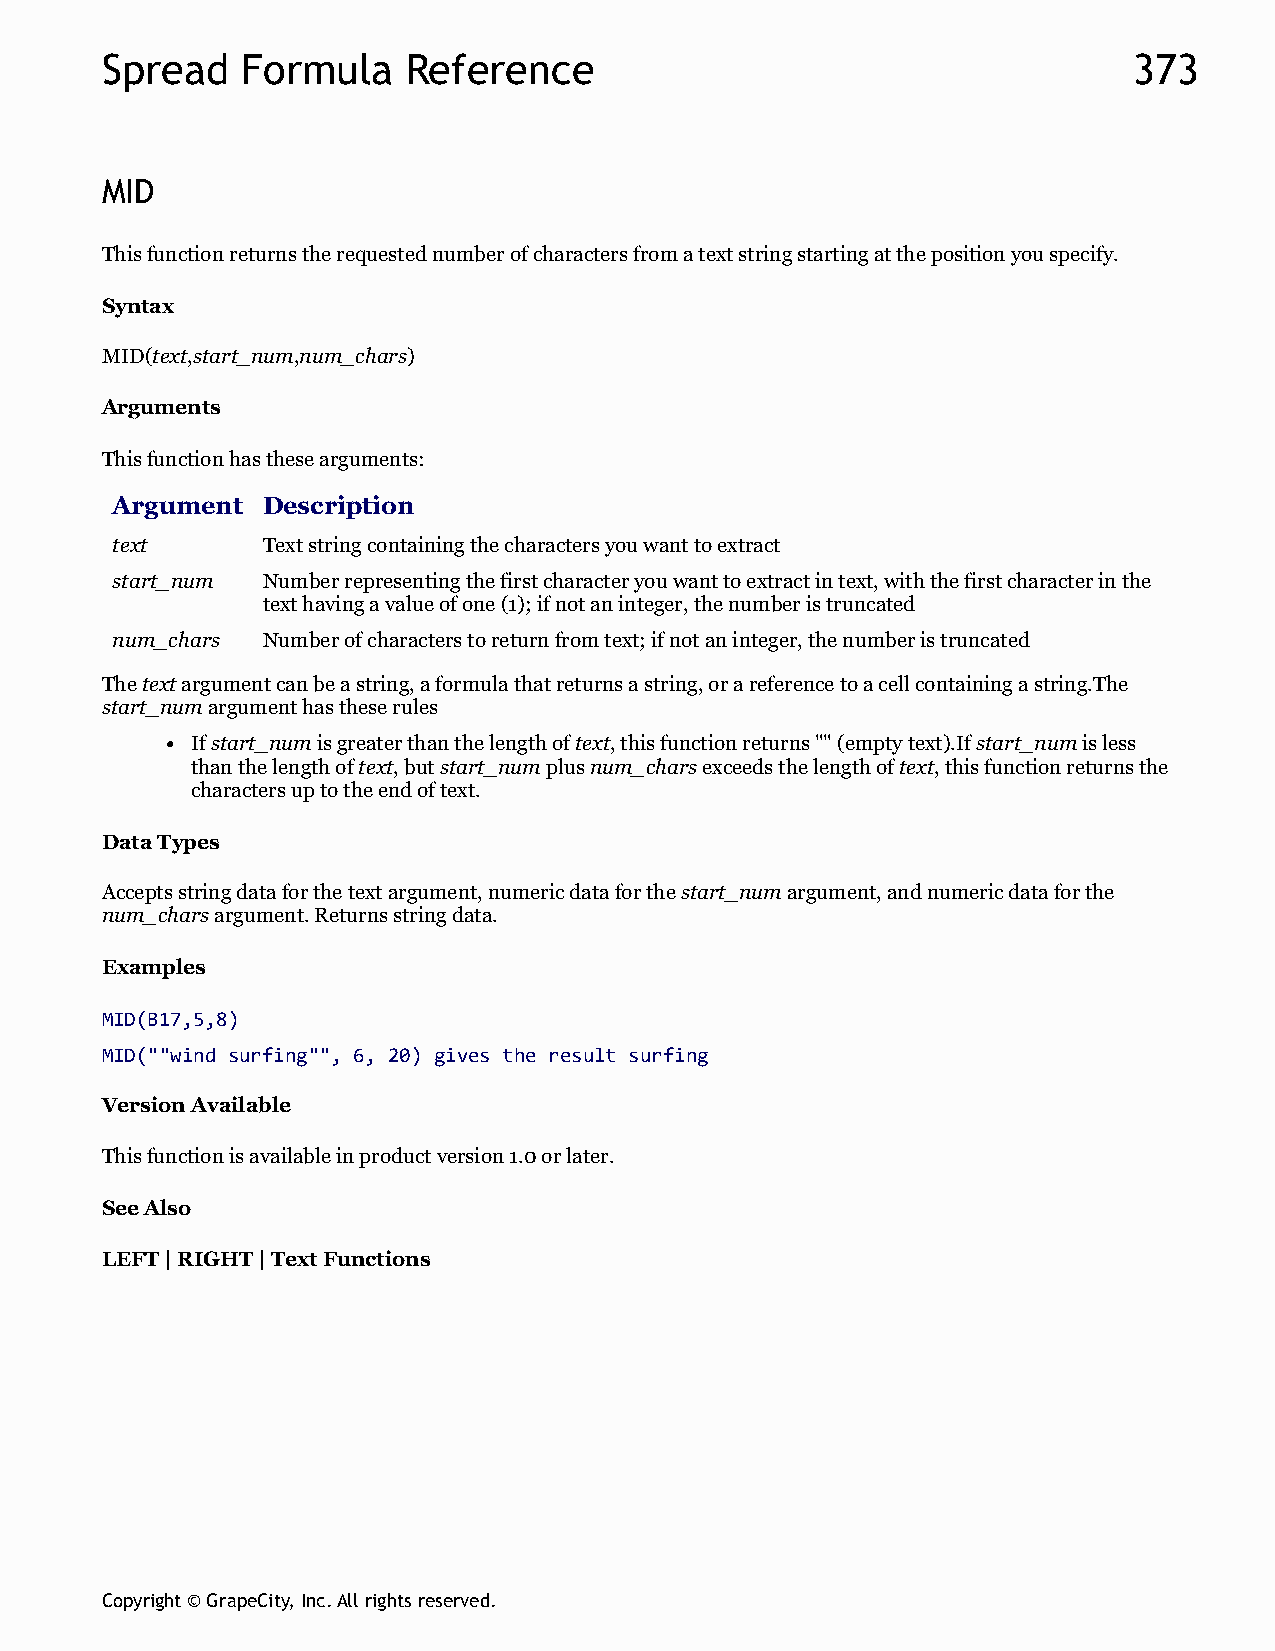
Spread   Formula    Reference                                       373
 MID
 This function returns the requested number of characters from a text string starting at the position you specify.
 Syntax
 MID(text,start_num,num_chars)
 Arguments
 This function has these arguments:
 Argument  Description
 text      Text string containing the characters you want to extract
 start_num Number representing the first character you want to extract in text, with the first character in the
 text having a value of one (1); if not an integer, the number is truncated
 num_chars Number of characters to return from text; if not an integer, the number is truncated
 The text argument can be a string, a formula that returns a string, or a reference to a cell containing a string.The
 start_num argument has these rules
 If start_num is greater than the length of text, this function returns "" (empty text).If start_num is less
 than the length of text, but start_num plus num_chars exceeds the length of text, this function returns the
 characters up to the end of text.
 Data Types
 Accepts string data for the text argument, numeric data for the start_num argument, and numeric data for the
 num_chars argument. Returns string data.
 Examples
 MID(B17,5,8)
 MID(""wind surfing"", 6, 20) gives the result surfing
 Version Available
 This function is available in product version 1.0 or later.
 See Also
 LEFT | RIGHT | Text Functions
 Copyright © GrapeCity, Inc. All rights reserved.